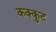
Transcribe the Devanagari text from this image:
कक्कुट